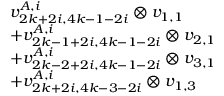
\begin{array} { r l } & { v _ { 2 k + 2 i , 4 k - 1 - 2 i } ^ { A , i } \otimes v _ { 1 , 1 } } \\ & { + v _ { 2 k - 1 + 2 i , 4 k - 1 - 2 i } ^ { A , i } \otimes v _ { 2 , 1 } } \\ & { + v _ { 2 k - 2 + 2 i , 4 k - 1 - 2 i } ^ { A , i } \otimes v _ { 3 , 1 } } \\ & { + v _ { 2 k + 2 i , 4 k - 3 - 2 i } ^ { A , i } \otimes v _ { 1 , 3 } } \end{array}